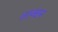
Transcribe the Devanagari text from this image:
लाञ्छन